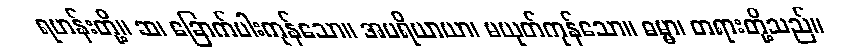
ရဟန်းတို့။ ဆ၊ ခြောက်ပါးကုန်သော။ အပရိယာယာ၊ မယုတ်ကုန်သော။ ဓမ္မာ၊ တရားတို့သည်။